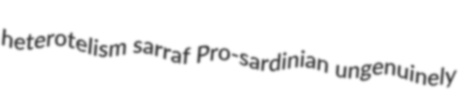
heterotelism sarraf Pro-sardinian ungenuinely